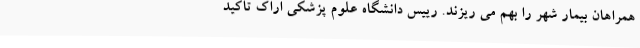
همراهان بیمار شهر را بهم می ریزند. رییس دانشگاه علوم پزشکی اراک تاکید